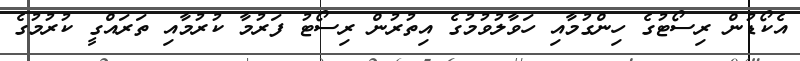
އެކޯޑުން ރިސޯޓުގެ ހިންގުމާއި ހަވާލުވުމުގެ އިތުރުން ރިސޯޓު ފަރުމާ ކުރުމާއި ތަރައްގީ ކުރުމުގެ